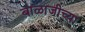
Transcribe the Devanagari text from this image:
बाळाजीच्या